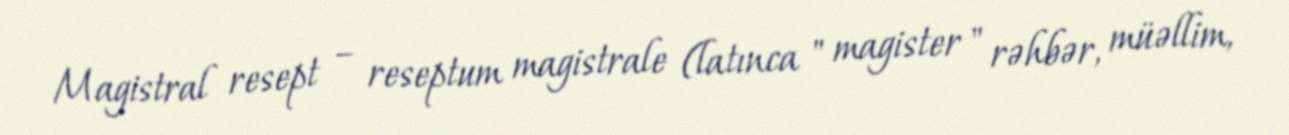
Magistral resept – reseptum magistrale (latınca " magister " rəhbər, müəllim,